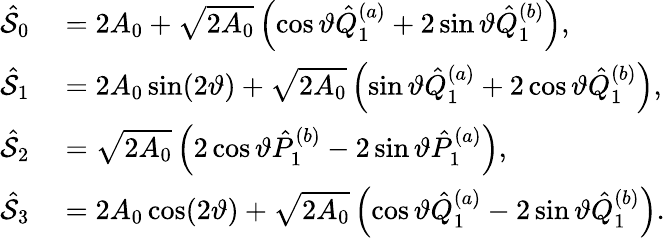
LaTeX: \begin{array}{rl}{\hat{\cal S}_{0}}&{{}=2A_{0}+\sqrt{2A_{0}}\left(\cos\vartheta\hat{Q}_{1}^{(a)}+2\sin\vartheta\hat{Q}_{1}^{(b)}\right),}\\ {\hat{\cal S}_{1}}&{{}=2A_{0}\sin(2\vartheta)+\sqrt{2A_{0}}\left(\sin\vartheta\hat{Q}_{1}^{(a)}+2\cos\vartheta\hat{Q}_{1}^{(b)}\right),}\\ {\hat{\cal S}_{2}}&{{}=\sqrt{2A_{0}}\left(2\cos\vartheta\hat{P}_{1}^{(b)}-2\sin\vartheta\hat{P}_{1}^{(a)}\right),}\\ {\hat{\cal S}_{3}}&{{}=2A_{0}\cos(2\vartheta)+\sqrt{2A_{0}}\left(\cos\vartheta\hat{Q}_{1}^{(a)}-2\sin\vartheta\hat{Q}_{1}^{(b)}\right).}\end{array}